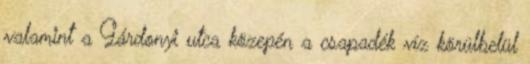
valamint a Gárdonyi utca közepén a csapadék víz körülbelül